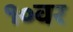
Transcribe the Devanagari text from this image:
१०वर